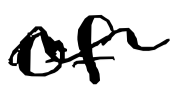
Text: of
Cross-out: wave
Writing tool: digital_black